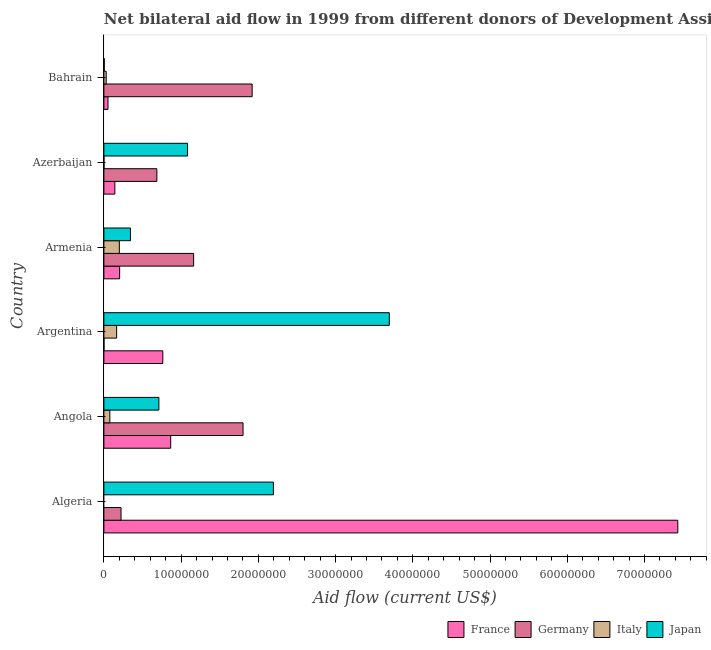
| Country | France | Germany | Italy | Japan |
 | --- | --- | --- | --- | --- |
 | Algeria | 7.43e+07 | 2.22e+06 | -1.86e+07 | 2.2e+07 |
 | Angola | 8.65e+06 | 1.8e+07 | 7.7e+05 | 7.12e+06 |
 | Argentina | 7.63e+06 | 1e+04 | 1.65e+06 | 3.7e+07 |
 | Armenia | 2.04e+06 | 1.16e+07 | 2e+06 | 3.44e+06 |
 | Azerbaijan | 1.42e+06 | 6.86e+06 | 1e+04 | 1.08e+07 |
 | Bahrain | 5.3e+05 | 1.92e+07 | 3e+05 | 5e+04 |